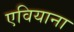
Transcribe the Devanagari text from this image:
एवियाना